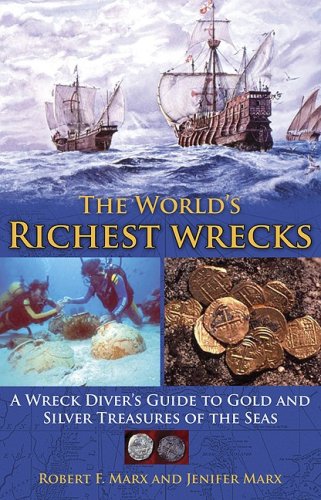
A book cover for The World's Richest Wreck; Robert Marx; Crafts, Hobbies & Home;